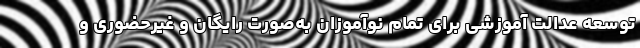
توسعه عدالت آموزشی برای تمام نوآموزان به‌صورت رایگان و غیرحضوری و